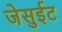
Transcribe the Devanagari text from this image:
जेसुईट